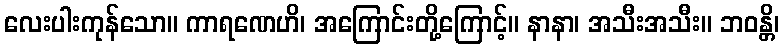
လေးပါးကုန်သော။ ကာရဏေဟိ၊ အကြောင်းတို့ကြောင့်။ နာနာ၊ အသီးအသီး။ ဘဝန္တိ၊